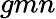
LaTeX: gmn